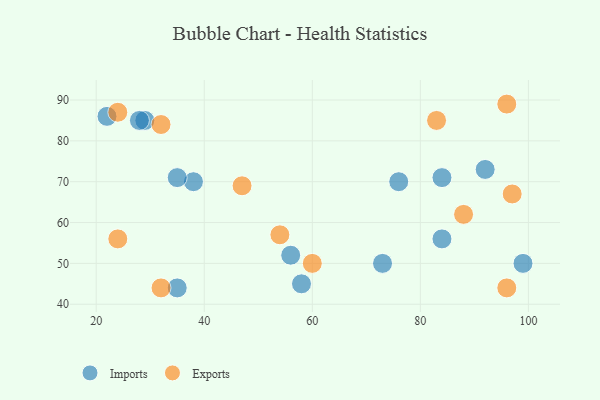
{"axis": {"x": "GDP", "y": "Life Expectancy"}, "legend": ["Exports", "Imports"], "data": [{"x": "73", "y": 50, "type": "Imports"}, {"x": "29", "y": 85, "type": "Imports"}, {"x": "58", "y": 45, "type": "Imports"}, {"x": "56", "y": 52, "type": "Imports"}, {"x": "38", "y": 70, "type": "Imports"}, {"x": "84", "y": 71, "type": "Imports"}, {"x": "35", "y": 44, "type": "Imports"}, {"x": "35", "y": 71, "type": "Imports"}, {"x": "92", "y": 73, "type": "Imports"}, {"x": "28", "y": 85, "type": "Imports"}, {"x": "76", "y": 70, "type": "Imports"}, {"x": "99", "y": 50, "type": "Imports"}, {"x": "22", "y": 86, "type": "Imports"}, {"x": "84", "y": 56, "type": "Imports"}, {"x": "96", "y": 44, "type": "Exports"}, {"x": "47", "y": 69, "type": "Exports"}, {"x": "24", "y": 56, "type": "Exports"}, {"x": "24", "y": 87, "type": "Exports"}, {"x": "83", "y": 85, "type": "Exports"}, {"x": "97", "y": 67, "type": "Exports"}, {"x": "32", "y": 44, "type": "Exports"}, {"x": "32", "y": 84, "type": "Exports"}, {"x": "54", "y": 57, "type": "Exports"}, {"x": "96", "y": 89, "type": "Exports"}, {"x": "60", "y": 50, "type": "Exports"}, {"x": "88", "y": 62, "type": "Exports"}]}